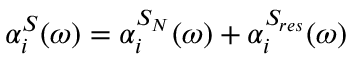
\alpha _ { i } ^ { S } ( \omega ) = \alpha _ { i } ^ { S _ { N } } ( \omega ) + \alpha _ { i } ^ { S _ { r e s } } ( \omega )